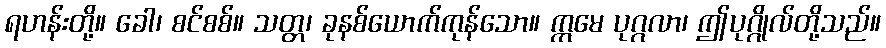
ရဟန်းတို့။ ခေါ၊ စင်စစ်။ သတ္တ၊ ခုနစ်ယောက်ကုန်သော။ ဣမေ ပုဂ္ဂလာ၊ ဤပုဂ္ဂိုလ်တို့သည်။